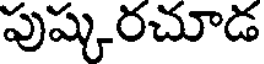
పుష్కరచూడ